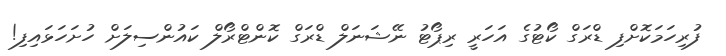
ފުރިހަމަކޮށްފި ޑްރަގް ކޯޓުގެ އަހަރީ ރިޕޯޓު ނޭޝަނަލް ޑްރަގް ކޮންޓްރޯލް ކައުންސިލަށް ހުށަހަޅައިފި!